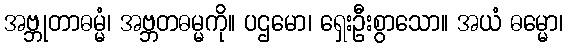
အဗ္ဘုတာဓမ္မံ၊ အဗ္ဘတဓမ္မကို။ ပဌမော၊ ရှေးဦးစွာသော။ အယံ ဓမ္မော၊